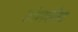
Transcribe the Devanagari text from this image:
काेलफील्ड